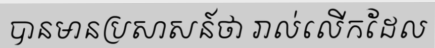
បានមានប្រសាសន៍ថា រាល់លើកដែល